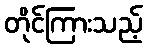
တိုင်ကြားသည့်